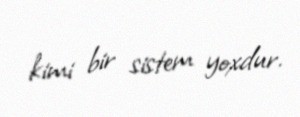
kimi bir sistem yoxdur.